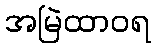
အမြဲထာဝရ